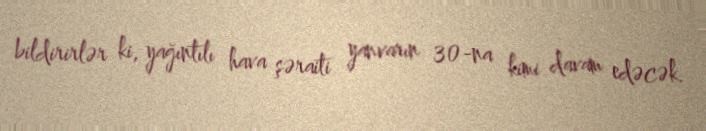
bildirirlər ki, yağıntılı hava şəraiti yanvarın 30-na kimi davam edəcək.